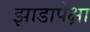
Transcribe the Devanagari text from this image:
झाडापेक्षा